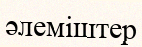
әлеміштер